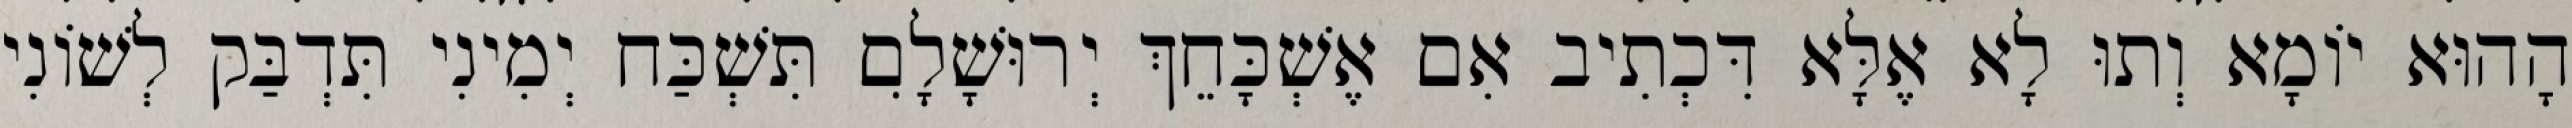
הָהוּא יוֹמָא וְתוּ לָא אֶלָּא דִּכְתִיב אִם אֶשְׁכָּחֵךְ יְרוּשָׁלִָם תִּשְׁכַּח יְמִינִי תִּדְבַּק לְשׁוֹנִי